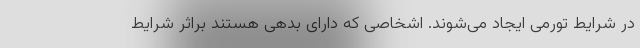
در شرایط تورمی ایجاد می‌شوند. اشخاصی که دارای بدهی هستند براثر شرایط